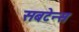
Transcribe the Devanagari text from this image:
सबटेन्स